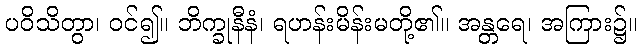
ပဝိသိတွာ၊ ဝင်၍။ ဘိက္ခုနီနံ၊ ရဟန်းမိန်းမတို့၏။ အန္တရေ၊ အကြား၌။